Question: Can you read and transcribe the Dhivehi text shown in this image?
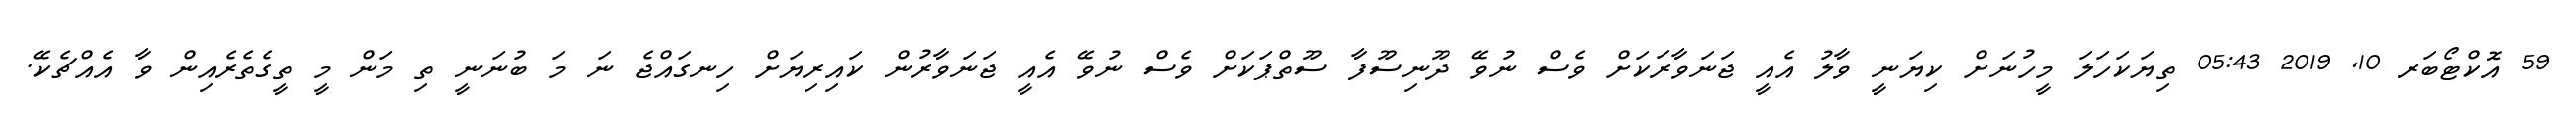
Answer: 59 އޮކްޓޯބަރ 10, 2019 05:43 ތިޔަކަހަލަ މީހުނަށް ކިޔަނީ ވާލު އެއީ ޖަނަވާރަކަށް ވެސް ނުވޭ ދޫނިސޫފާ ސޫތްޕަކަށް ވެސް ނުވޭ އެއީ ޖަނަވާރުން ކައިރިޔަށް ހިނގައްޖެ ނަ މަ ބުނަނީ ތި މަން މީ ތީގެތެރެއިން ވާ އެއްޗެކޭ.